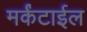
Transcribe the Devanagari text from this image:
मर्कंटाईल